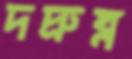
দদ্রুঘ্ন